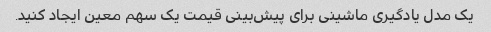
یک مدل یادگیری ماشینی برای پیش‌بینی قیمت یک سهم معین ایجاد کنید.